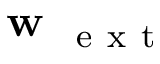
\textbf { w } _ { \mathrm { ~ e ~ x ~ t ~ } }